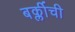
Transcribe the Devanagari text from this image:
बर्क्लीची